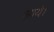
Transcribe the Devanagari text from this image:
आयेे।